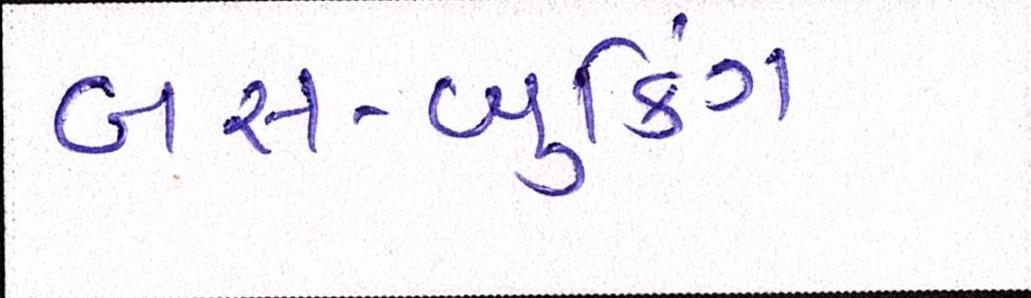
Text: બસ-બુકિંગ